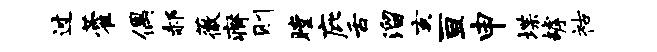
过藿偶郝薇瘠则瞠庇舌溜亥亘申堞罅祜